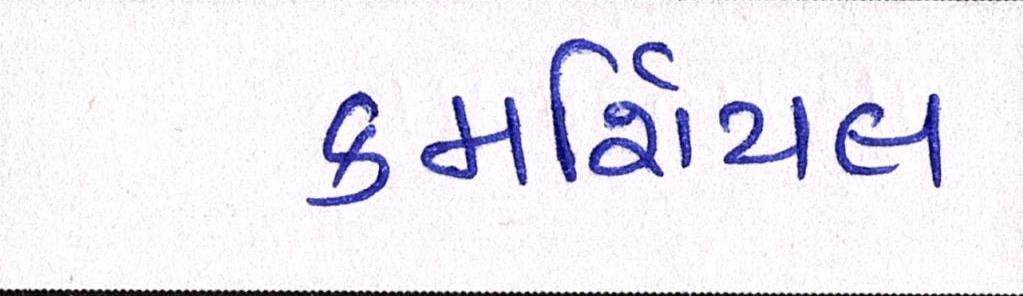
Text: કમર્શિયલ